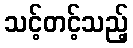
သင့်တင့်သည့်